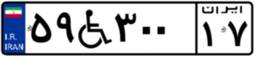
۵۹W۳۰۰۱۷